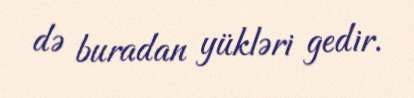
də buradan yükləri gedir.